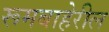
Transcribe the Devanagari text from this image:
रूमबाहेरील